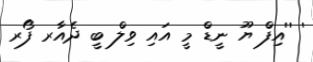
' ''އިފް ޔޫ ނީޑް މީ އައި ވިލް ބީ ދެއާރ ފޯރ